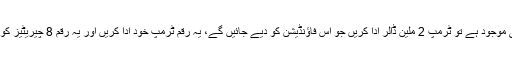
جج نے اپنے فیصلے میں کہا کہ اگر فاؤنڈیشن اب بھی موجود ہے تو ٹرمپ 2 ملین ڈالر ادا کریں جو اس فاؤنڈیشن کو دیے جائیں گے، یہ رقم ٹرمپ خود ادا کریں اور یہ رقم 8 چیریٹیز کو دی جانی چاہیے جن کے ساتھ ان کا کوئی تعلق نہ ہو۔